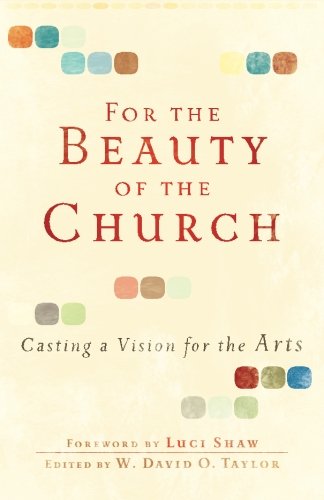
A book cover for For the Beauty of the Church: Casting a Vision for the Arts; Arts & Photography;